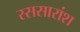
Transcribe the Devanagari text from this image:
रससारांश